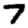
Digit: 7